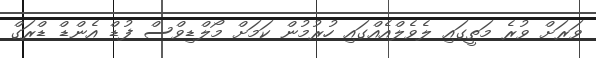
ވަރަށް ވުރެ މަތީގައި ލެވެލްއެއްގައި ހުރުމުން ކަމަށް މޯލްޑިވްސް ފުޑް އެންޑް ޑްރަގް